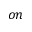
o n